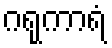
ဂရုကာရံ